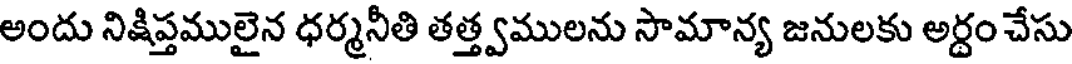
అందు నిక్షిప్తములైన ధర్మనీతి తత్త్వములను సామాన్య జనులకు అర్దం చేసు